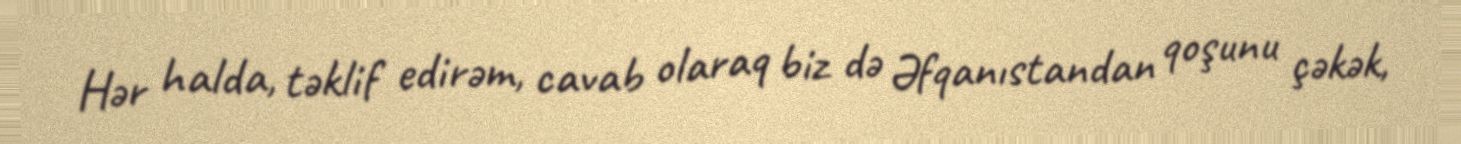
Hər halda, təklif edirəm, cavab olaraq biz də Əfqanıstandan qoşunu çəkək,